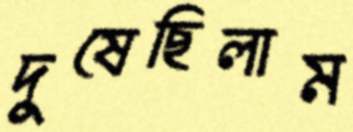
দুষেছিলাম